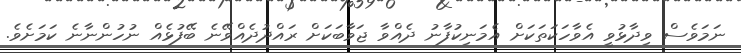
ނަަމަވެސް ވިދާޅުވީ އެވާހަކަތަކަށް އެމަނިކުފާނު ދެއްވާ ޖަވާބަކަަށް ރައްދުދެއްވޭނެ ބޭފުޅެއް ނުހުންނާނެ ކަމަށެވެ.